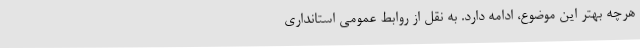
هرچه بهتر این موضوع، ادامه دارد. به نقل از روابط عمومی استانداری